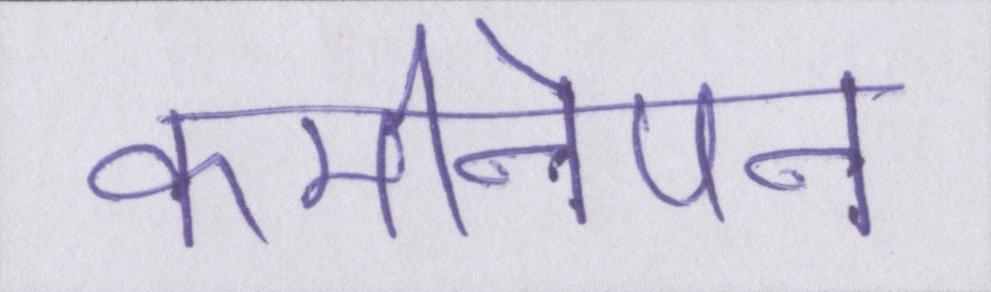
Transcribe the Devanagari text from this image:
कमीनेपन